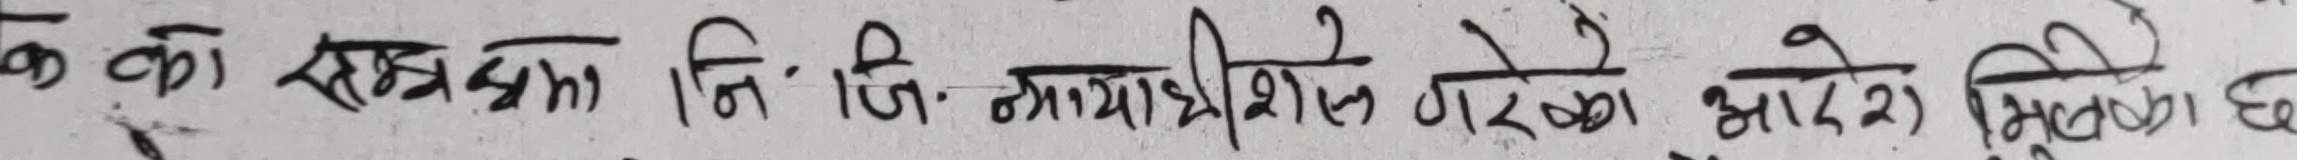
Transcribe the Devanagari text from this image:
के को सम्बन्धमा नि. जि. न्मयाधिशेर ल गरेको आदेश मिलेको छ